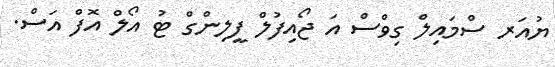
ޔުއަރ ސްމައިލް ގިވްސް އަ ޖޯއިފުލް ފީލިންގް ޓު އޯލް އޮފް އަސް.